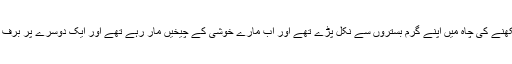
وہاں اس جیسے اور بھی بہت تھے، گرم میدانوں کے باسی جو برف دیکھنے کی چاہ میں اپنے گرم بستروں سے نکل پڑے تھے اور اب مارے خوشی کے چیخیں مار رہے تھے اور ایک دوسرے پر برف کے گولے پھینک رہے تھے لیکن وہ وہاں کسی کو نہیں دیکھ رہی تھی۔